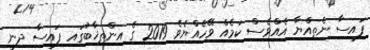
ފައިސާ ނެތިއްޔާ އެއްވެސް ކަމެއް ވޭހެއްޔެވެ 2019 ގެ އިންތިޚާބުގައި ފައިސާ ދިނީ